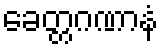
ခေတ္တဂဏာနံ